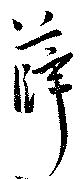
薛